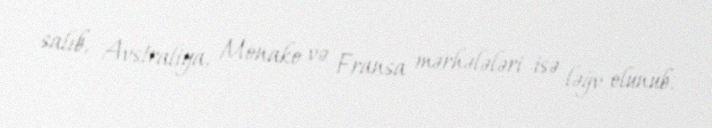
salıb, Avstraliya, Monako və Fransa mərhələləri isə ləğv olunub.